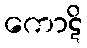
ကောဋိ